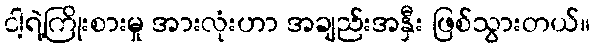
ငါ့ရဲ့ကြိုးစားမှု အားလုံးဟာ အချည်းအနှီး ဖြစ်သွားတယ်။